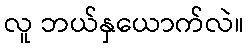
လူ ဘယ်နှယောက်လဲ။